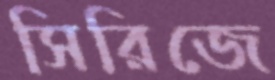
সিরিজে